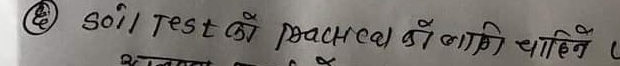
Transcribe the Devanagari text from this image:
soil rest को पचहण में लगाने चाहिए